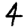
Digit: 4